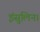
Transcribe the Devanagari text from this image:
इंसुलिन।